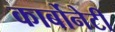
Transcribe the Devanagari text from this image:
कार्बोनेटी